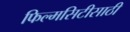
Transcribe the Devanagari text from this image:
फिल्मसिटीसाठी